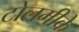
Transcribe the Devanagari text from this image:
टोलमीके